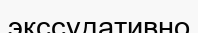
экссудативно